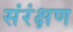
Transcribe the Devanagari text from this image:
संरंक्षण